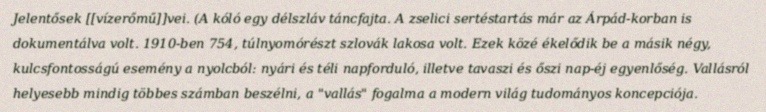
Jelentősek [[vízerőmű]]vei. (A kóló egy délszláv táncfajta. A zselici sertéstartás már az Árpád-korban is dokumentálva volt. 1910-ben 754, túlnyomórészt szlovák lakosa volt. Ezek közé ékelődik be a másik négy, kulcsfontosságú esemény a nyolcból: nyári és téli napforduló, illetve tavaszi és őszi nap-éj egyenlőség. Vallásról helyesebb mindig többes számban beszélni, a "vallás" fogalma a modern világ tudományos koncepciója.